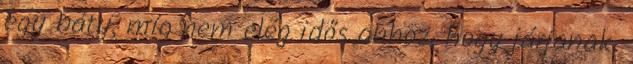
egy báty, míg nem elég idős ahhoz, hogy járjanak.